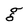
Character: g